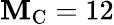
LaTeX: \mathbf{M}_{\mathrm{{C}}}=12